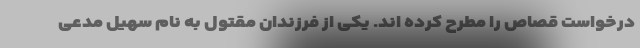
درخواست قصاص را مطرح کرده اند. یکی از فرزندان مقتول به نام سهیل مدعی